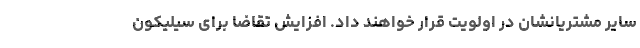
سایر مشتریانشان در اولویت قرار خواهند داد. افزایش تقاضا برای سیلیکون